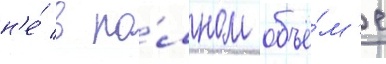
н'е́ в по́лном объё́м'е